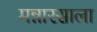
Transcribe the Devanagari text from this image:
मन्नारसाला